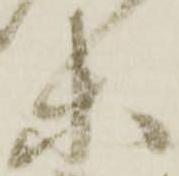
等